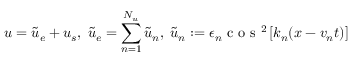
u = \tilde { u } _ { e } + u _ { s } , \; \tilde { u } _ { e } = \sum _ { n = 1 } ^ { N _ { u } } \tilde { u } _ { n } , \; \tilde { u } _ { n } : = \epsilon _ { n } \mathrm { ~ c ~ o ~ s ~ } ^ { 2 } \left[ k _ { n } ( x - v _ { n } t ) \right]